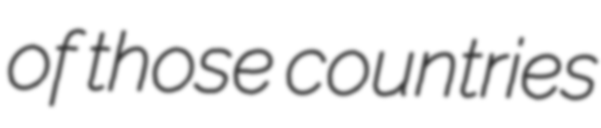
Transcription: of those countries